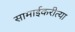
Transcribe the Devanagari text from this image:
सामाईकरीत्या